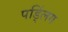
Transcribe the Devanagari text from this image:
पड्लिंग